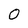
Character: O